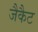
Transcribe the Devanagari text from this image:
जैकैट